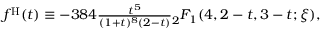
\begin{array} { r } { f ^ { \mathrm { H } } ( t ) \equiv - 3 8 4 \frac { t ^ { 5 } } { ( 1 + t ) ^ { 8 } ( 2 - t ) } { } _ { 2 } F _ { 1 } ( 4 , 2 - t , 3 - t ; \xi ) , } \end{array}